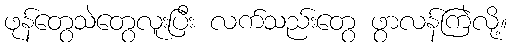
ဖုန်တွေသဲတွေလူးပြီး လက်သည်းတွေ ဖွာလန်ကြဲလို့။